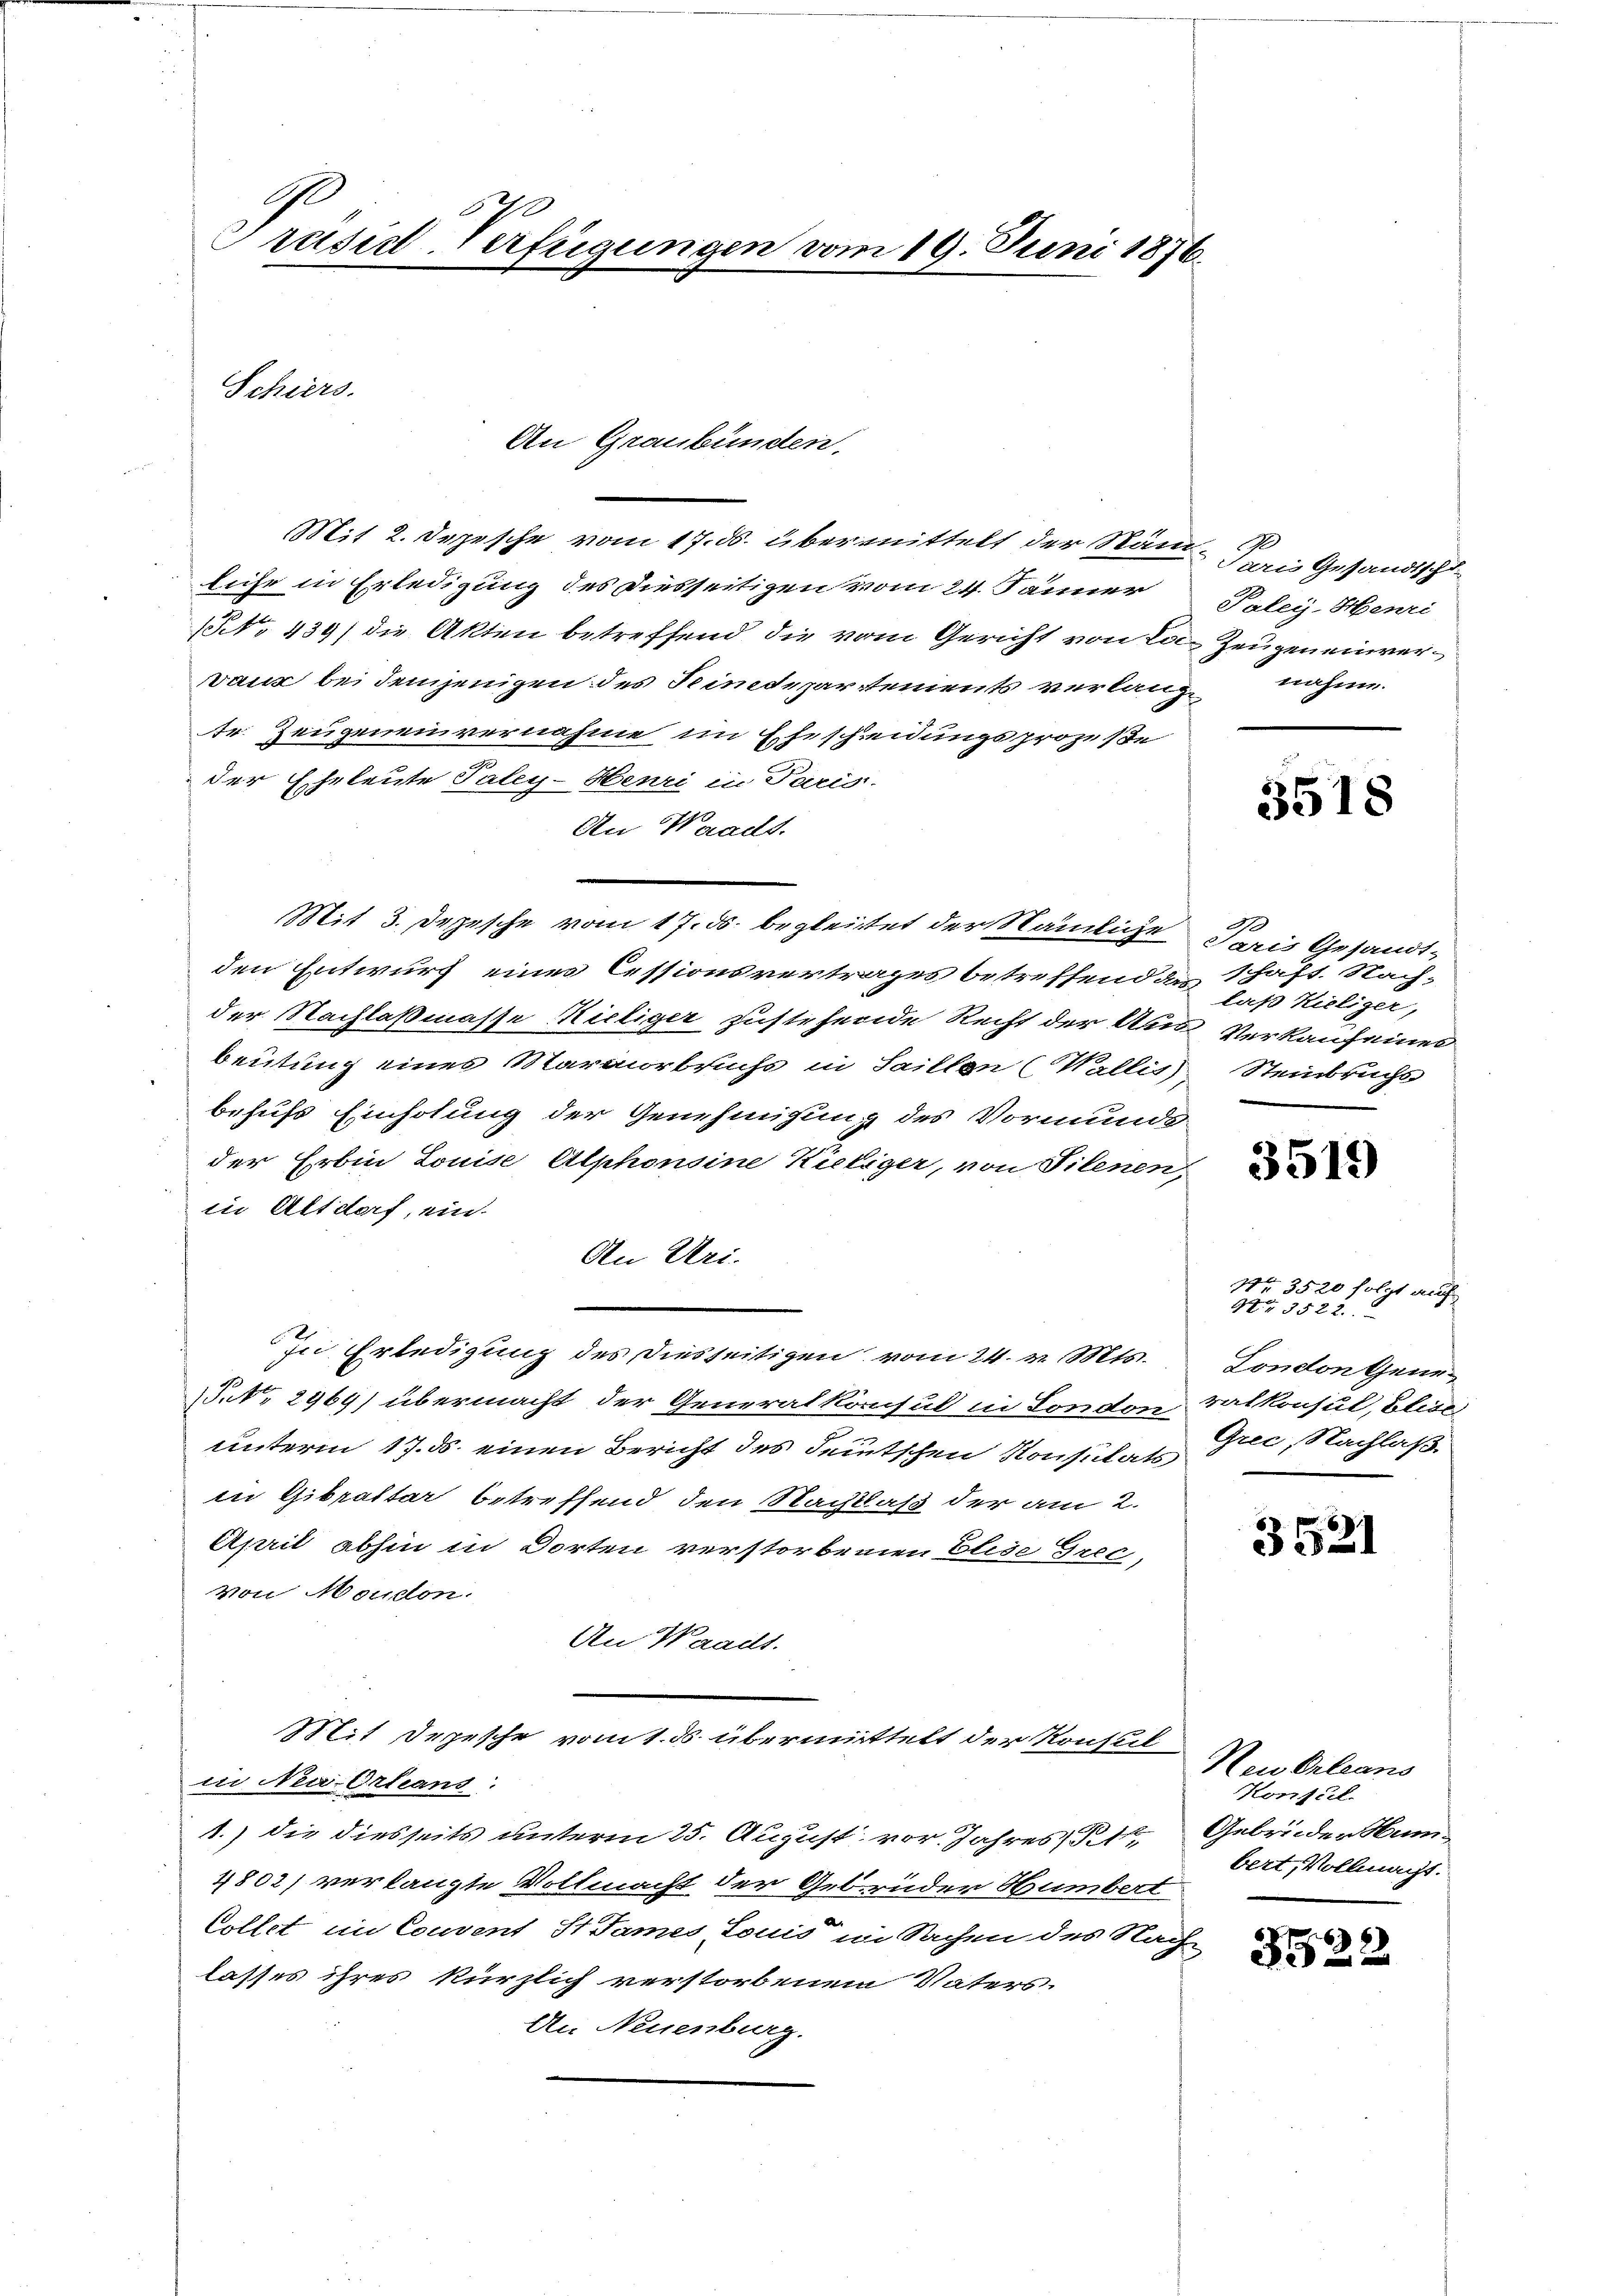
I
c
Prasial-Verfügungen vom 19. Juni 1876.

Schiers.

Mit 2. Depesche vom 17. ds. übermittelt der Nämliche in Erledigung des Diesseitigen vom 24. Jänner
(No 439) die Akten betreffend die vom Gericht von Lovais bei demjenigen des Seidepartements verlangr. Zeugeneinvernahme im Ehescheidungsprozesse
der Eheleute Paley-Henri in Paris.
An Waadt.
Mit 3. Depesche vom 17. ds. begleitet der Nämliche
den Entwurf eines Cessionsvertrages betreffend an schäft. Nach-
der Nachlaßmasse Kieliger zustehende Recht der Aus Verkaufeinen
beutung eines Marmorbruchs in Saillen (Wallis Steinbruchs
behufs Einholung der Genehmigung des Vormunde
der Erbin Louise Alphonsine Kietiger, von Filenen,
in Altdorf, ein.
An Uri.
In Erledigung des diesseitigen vom 24. v. Mts.
.No 2969) übermacht der Generalkonsul in London Balkonsul, Elise
unterm 17. d. einen Bericht des Leitschen Konsulats
in Gibrattar betreffend den Nachlaß der am 2.
April abhin in Dorten verstorbenen Elise Grec,
Von Moudon.
An Waadt.
Mit Depesche vom 1. ds. übermittelt der Konsul
in Neu-Orleans
1.) die diesseits unterm 25. August vor. Jahres 1
4802) verlangte Vollmacht der Gebrüder Humbert
Collet im Convent St. James, Louis im Sachen des Nach-
lasses ihres kürzlich verstorbenem Vaters.
An Neuenburg.

An Graubünden.

Paris Gesandtschu
Paleij-Henri
Zeugeneinvernahme.

3518

2
Caris Gesandt-
laß Kieliger,

3519

Nr. 3520 folgt auch
93522
London Gene¬
Grec, Nachlaß

3521

Neu Orleans
Konsul
Gebrüder Hum
bert, Vollmacht.

.
3